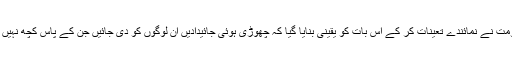
حکومت نے نمائندے تعینات کر کے اس بات کو یقینی بنایا گیا کہ چھوڑی ہوئی جائیدادیں ان لوگوں کو دی جائیں جن کے پاس کچھ نہیں ہے۔